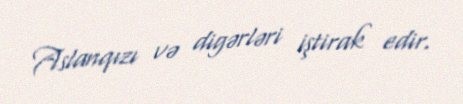
Aslanqızı və digərləri iştirak edir.